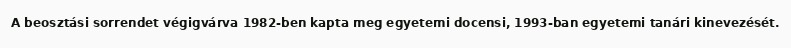
A beosztási sorrendet végigvárva 1982-ben kapta meg egyetemi docensi, 1993-ban egyetemi tanári kinevezését.